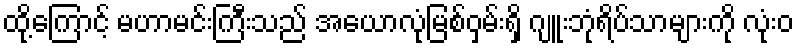
ထို့ကြောင့် မဟာမင်းကြီးသည် အေယာလုံမြစ်ဝှမ်းရှိ ဂျူးဘုံရိပ်သာများကို လုံးဝ